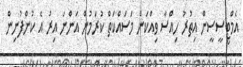
އެމްޓީސީސީން އިތުރު ހިއްސާ ވިއްކަން މަސައްކަތް ކުރަމުން އަންނަ އިރު އެ ކުންފުނިން